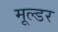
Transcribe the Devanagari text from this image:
मूल्डर